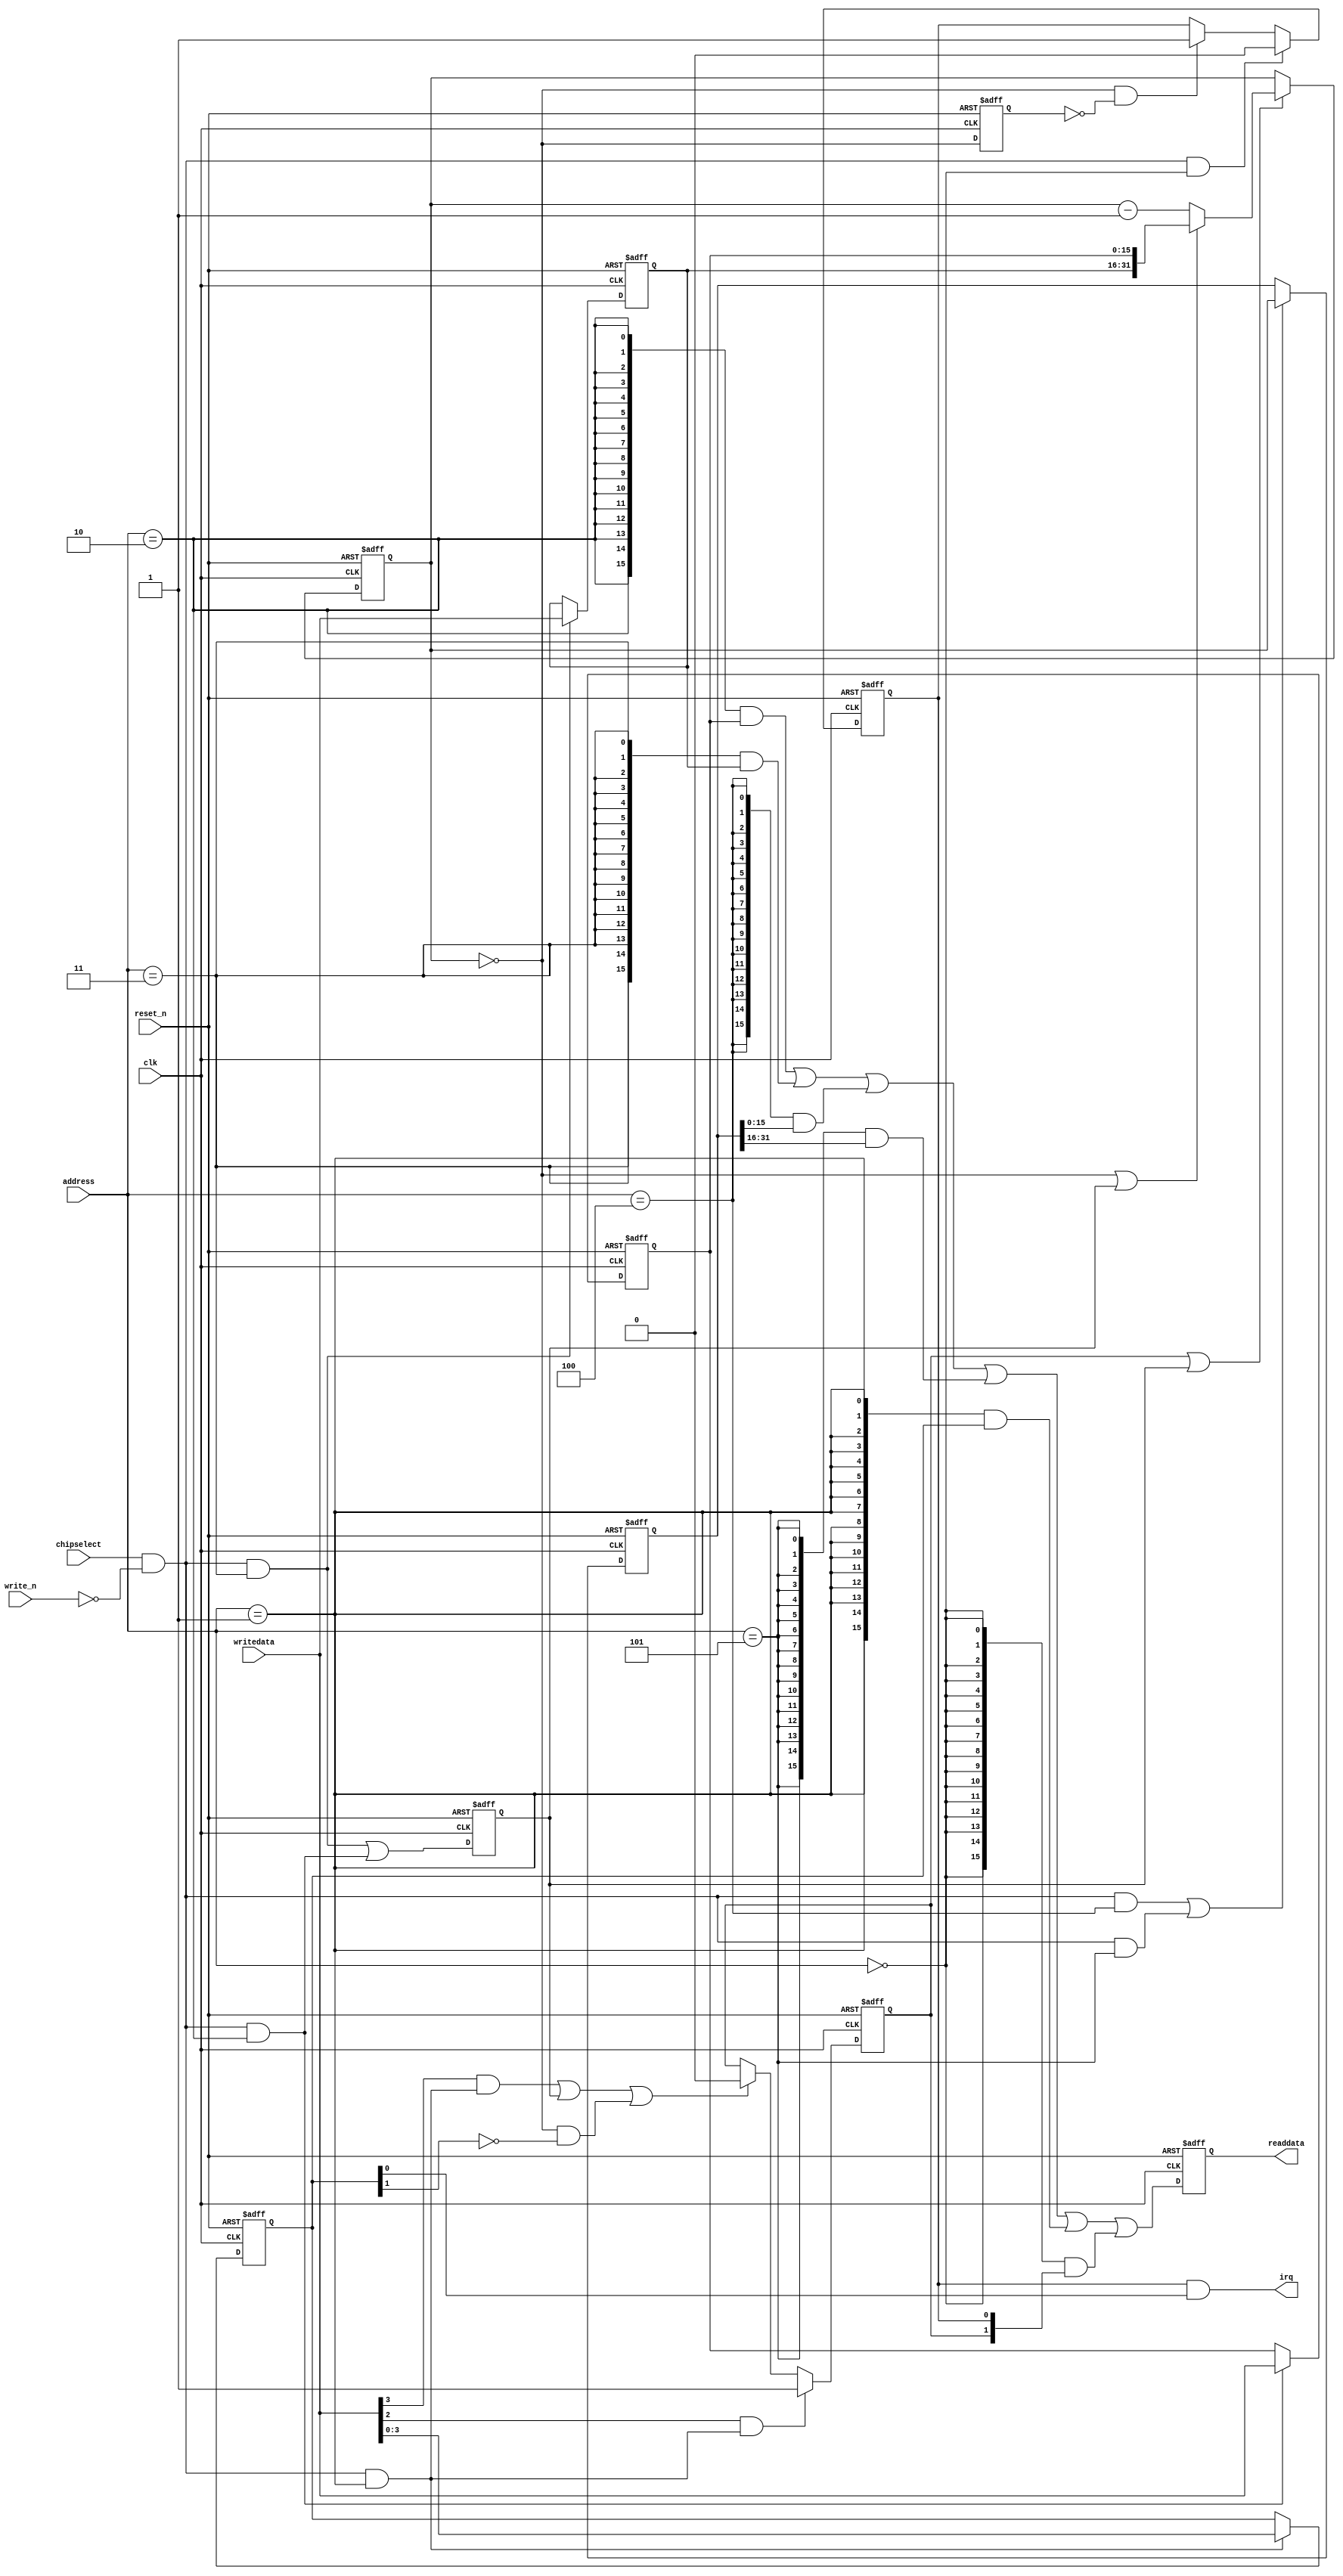
//Legal Notice: (C)2019 Altera Corporation. All rights reserved.  Your
//use of Altera Corporation's design tools, logic functions and other
//software and tools, and its AMPP partner logic functions, and any
//output files any of the foregoing (including device programming or
//simulation files), and any associated documentation or information are
//expressly subject to the terms and conditions of the Altera Program
//License Subscription Agreement or other applicable license agreement,
//including, without limitation, that your use is for the sole purpose
//of programming logic devices manufactured by Altera and sold by Altera
//or its authorized distributors.  Please refer to the applicable
//agreement for further details.

// synthesis translate_off
`timescale 1ns / 1ps
// synthesis translate_on

// turn off superfluous verilog processor warnings 
// altera message_level Level1 
// altera message_off 10034 10035 10036 10037 10230 10240 10030 

module peripheral_system_sys_clk_timer (
                                         // inputs:
                                          address,
                                          chipselect,
                                          clk,
                                          reset_n,
                                          write_n,
                                          writedata,

                                         // outputs:
                                          irq,
                                          readdata
                                       )
;

  output           irq;
  output  [ 15: 0] readdata;
  input   [  2: 0] address;
  input            chipselect;
  input            clk;
  input            reset_n;
  input            write_n;
  input   [ 15: 0] writedata;


wire             clk_en;
wire             control_continuous;
wire             control_interrupt_enable;
reg     [  3: 0] control_register;
wire             control_wr_strobe;
reg              counter_is_running;
wire             counter_is_zero;
wire    [ 31: 0] counter_load_value;
reg     [ 31: 0] counter_snapshot;
reg              delayed_unxcounter_is_zeroxx0;
wire             do_start_counter;
wire             do_stop_counter;
reg              force_reload;
reg     [ 31: 0] internal_counter;
wire             irq;
reg     [ 15: 0] period_h_register;
wire             period_h_wr_strobe;
reg     [ 15: 0] period_l_register;
wire             period_l_wr_strobe;
wire    [ 15: 0] read_mux_out;
reg     [ 15: 0] readdata;
wire             snap_h_wr_strobe;
wire             snap_l_wr_strobe;
wire    [ 31: 0] snap_read_value;
wire             snap_strobe;
wire             start_strobe;
wire             status_wr_strobe;
wire             stop_strobe;
wire             timeout_event;
reg              timeout_occurred;
  assign clk_en = 1;
  always @(posedge clk or negedge reset_n)
    begin
      if (reset_n == 0)
          internal_counter <= 32'h7A11F;
      else if (counter_is_running || force_reload)
          if (counter_is_zero    || force_reload)
              internal_counter <= counter_load_value;
          else 
            internal_counter <= internal_counter - 1;
    end


  assign counter_is_zero = internal_counter == 0;
  assign counter_load_value = {period_h_register,
    period_l_register};

  always @(posedge clk or negedge reset_n)
    begin
      if (reset_n == 0)
          force_reload <= 0;
      else if (clk_en)
          force_reload <= period_h_wr_strobe || period_l_wr_strobe;
    end


  assign do_start_counter = start_strobe;
  assign do_stop_counter = (stop_strobe                            ) ||
    (force_reload                           ) ||
    (counter_is_zero && ~control_continuous );

  always @(posedge clk or negedge reset_n)
    begin
      if (reset_n == 0)
          counter_is_running <= 1'b0;
      else if (clk_en)
          if (do_start_counter)
              counter_is_running <= -1;
          else if (do_stop_counter)
              counter_is_running <= 0;
    end


  //delayed_unxcounter_is_zeroxx0, which is an e_register
  always @(posedge clk or negedge reset_n)
    begin
      if (reset_n == 0)
          delayed_unxcounter_is_zeroxx0 <= 0;
      else if (clk_en)
          delayed_unxcounter_is_zeroxx0 <= counter_is_zero;
    end


  assign timeout_event = (counter_is_zero) & ~(delayed_unxcounter_is_zeroxx0);
  always @(posedge clk or negedge reset_n)
    begin
      if (reset_n == 0)
          timeout_occurred <= 0;
      else if (clk_en)
          if (status_wr_strobe)
              timeout_occurred <= 0;
          else if (timeout_event)
              timeout_occurred <= -1;
    end


  assign irq = timeout_occurred && control_interrupt_enable;
  //s1, which is an e_avalon_slave
  assign read_mux_out = ({16 {(address == 2)}} & period_l_register) |
    ({16 {(address == 3)}} & period_h_register) |
    ({16 {(address == 4)}} & snap_read_value[15 : 0]) |
    ({16 {(address == 5)}} & snap_read_value[31 : 16]) |
    ({16 {(address == 1)}} & control_register) |
    ({16 {(address == 0)}} & {counter_is_running,
    timeout_occurred});

  always @(posedge clk or negedge reset_n)
    begin
      if (reset_n == 0)
          readdata <= 0;
      else if (clk_en)
          readdata <= read_mux_out;
    end


  assign period_l_wr_strobe = chipselect && ~write_n && (address == 2);
  assign period_h_wr_strobe = chipselect && ~write_n && (address == 3);
  always @(posedge clk or negedge reset_n)
    begin
      if (reset_n == 0)
          period_l_register <= 41247;
      else if (period_l_wr_strobe)
          period_l_register <= writedata;
    end


  always @(posedge clk or negedge reset_n)
    begin
      if (reset_n == 0)
          period_h_register <= 7;
      else if (period_h_wr_strobe)
          period_h_register <= writedata;
    end


  assign snap_l_wr_strobe = chipselect && ~write_n && (address == 4);
  assign snap_h_wr_strobe = chipselect && ~write_n && (address == 5);
  assign snap_strobe = snap_l_wr_strobe || snap_h_wr_strobe;
  always @(posedge clk or negedge reset_n)
    begin
      if (reset_n == 0)
          counter_snapshot <= 0;
      else if (snap_strobe)
          counter_snapshot <= internal_counter;
    end


  assign snap_read_value = counter_snapshot;
  assign control_wr_strobe = chipselect && ~write_n && (address == 1);
  always @(posedge clk or negedge reset_n)
    begin
      if (reset_n == 0)
          control_register <= 0;
      else if (control_wr_strobe)
          control_register <= writedata[3 : 0];
    end


  assign stop_strobe = writedata[3] && control_wr_strobe;
  assign start_strobe = writedata[2] && control_wr_strobe;
  assign control_continuous = control_register[1];
  assign control_interrupt_enable = control_register[0];
  assign status_wr_strobe = chipselect && ~write_n && (address == 0);

endmodule